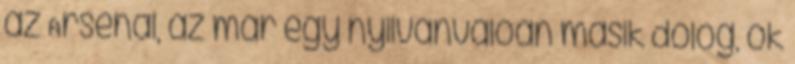
az Arsenal, az már egy nyilvánvalóan másik dolog, ők